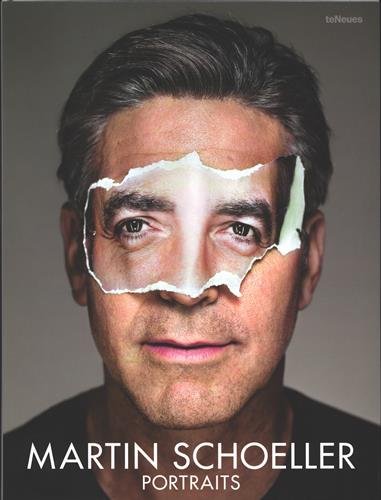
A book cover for Portraits; Arts & Photography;